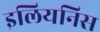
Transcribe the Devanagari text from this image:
इलियनिस